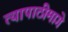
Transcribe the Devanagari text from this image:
त्यापाठीमागे